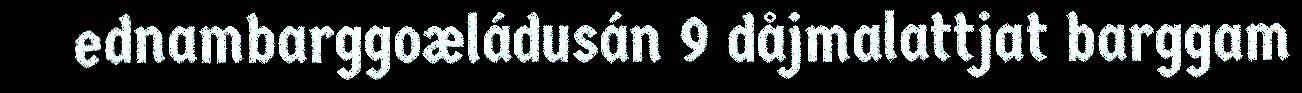
ednambarggoæládusán 9 dåjmalattjat barggam